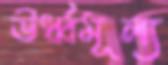
ঊর্ধ্বমূল্য